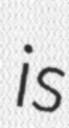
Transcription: is